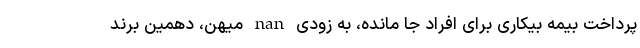
پرداخت بیمه بیکاری برای افراد جا مانده، به زودی nan میهن، دهمین برند